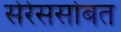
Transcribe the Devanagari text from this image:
सेरेससोबत